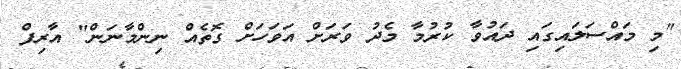
"މި މައްސަލައިގައި ދައުވާ ކުރުމާ މެދު ވަރަށް އަވަހަށް ގޮތެއް ނިންމާނަން" އާރިފް